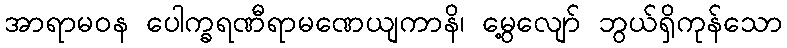
အာရာမဝန ပေါက္ခရဏီရာမဏေယျကာနိ၊ မွေ့လျော် ဘွယ်ရှိကုန်သော